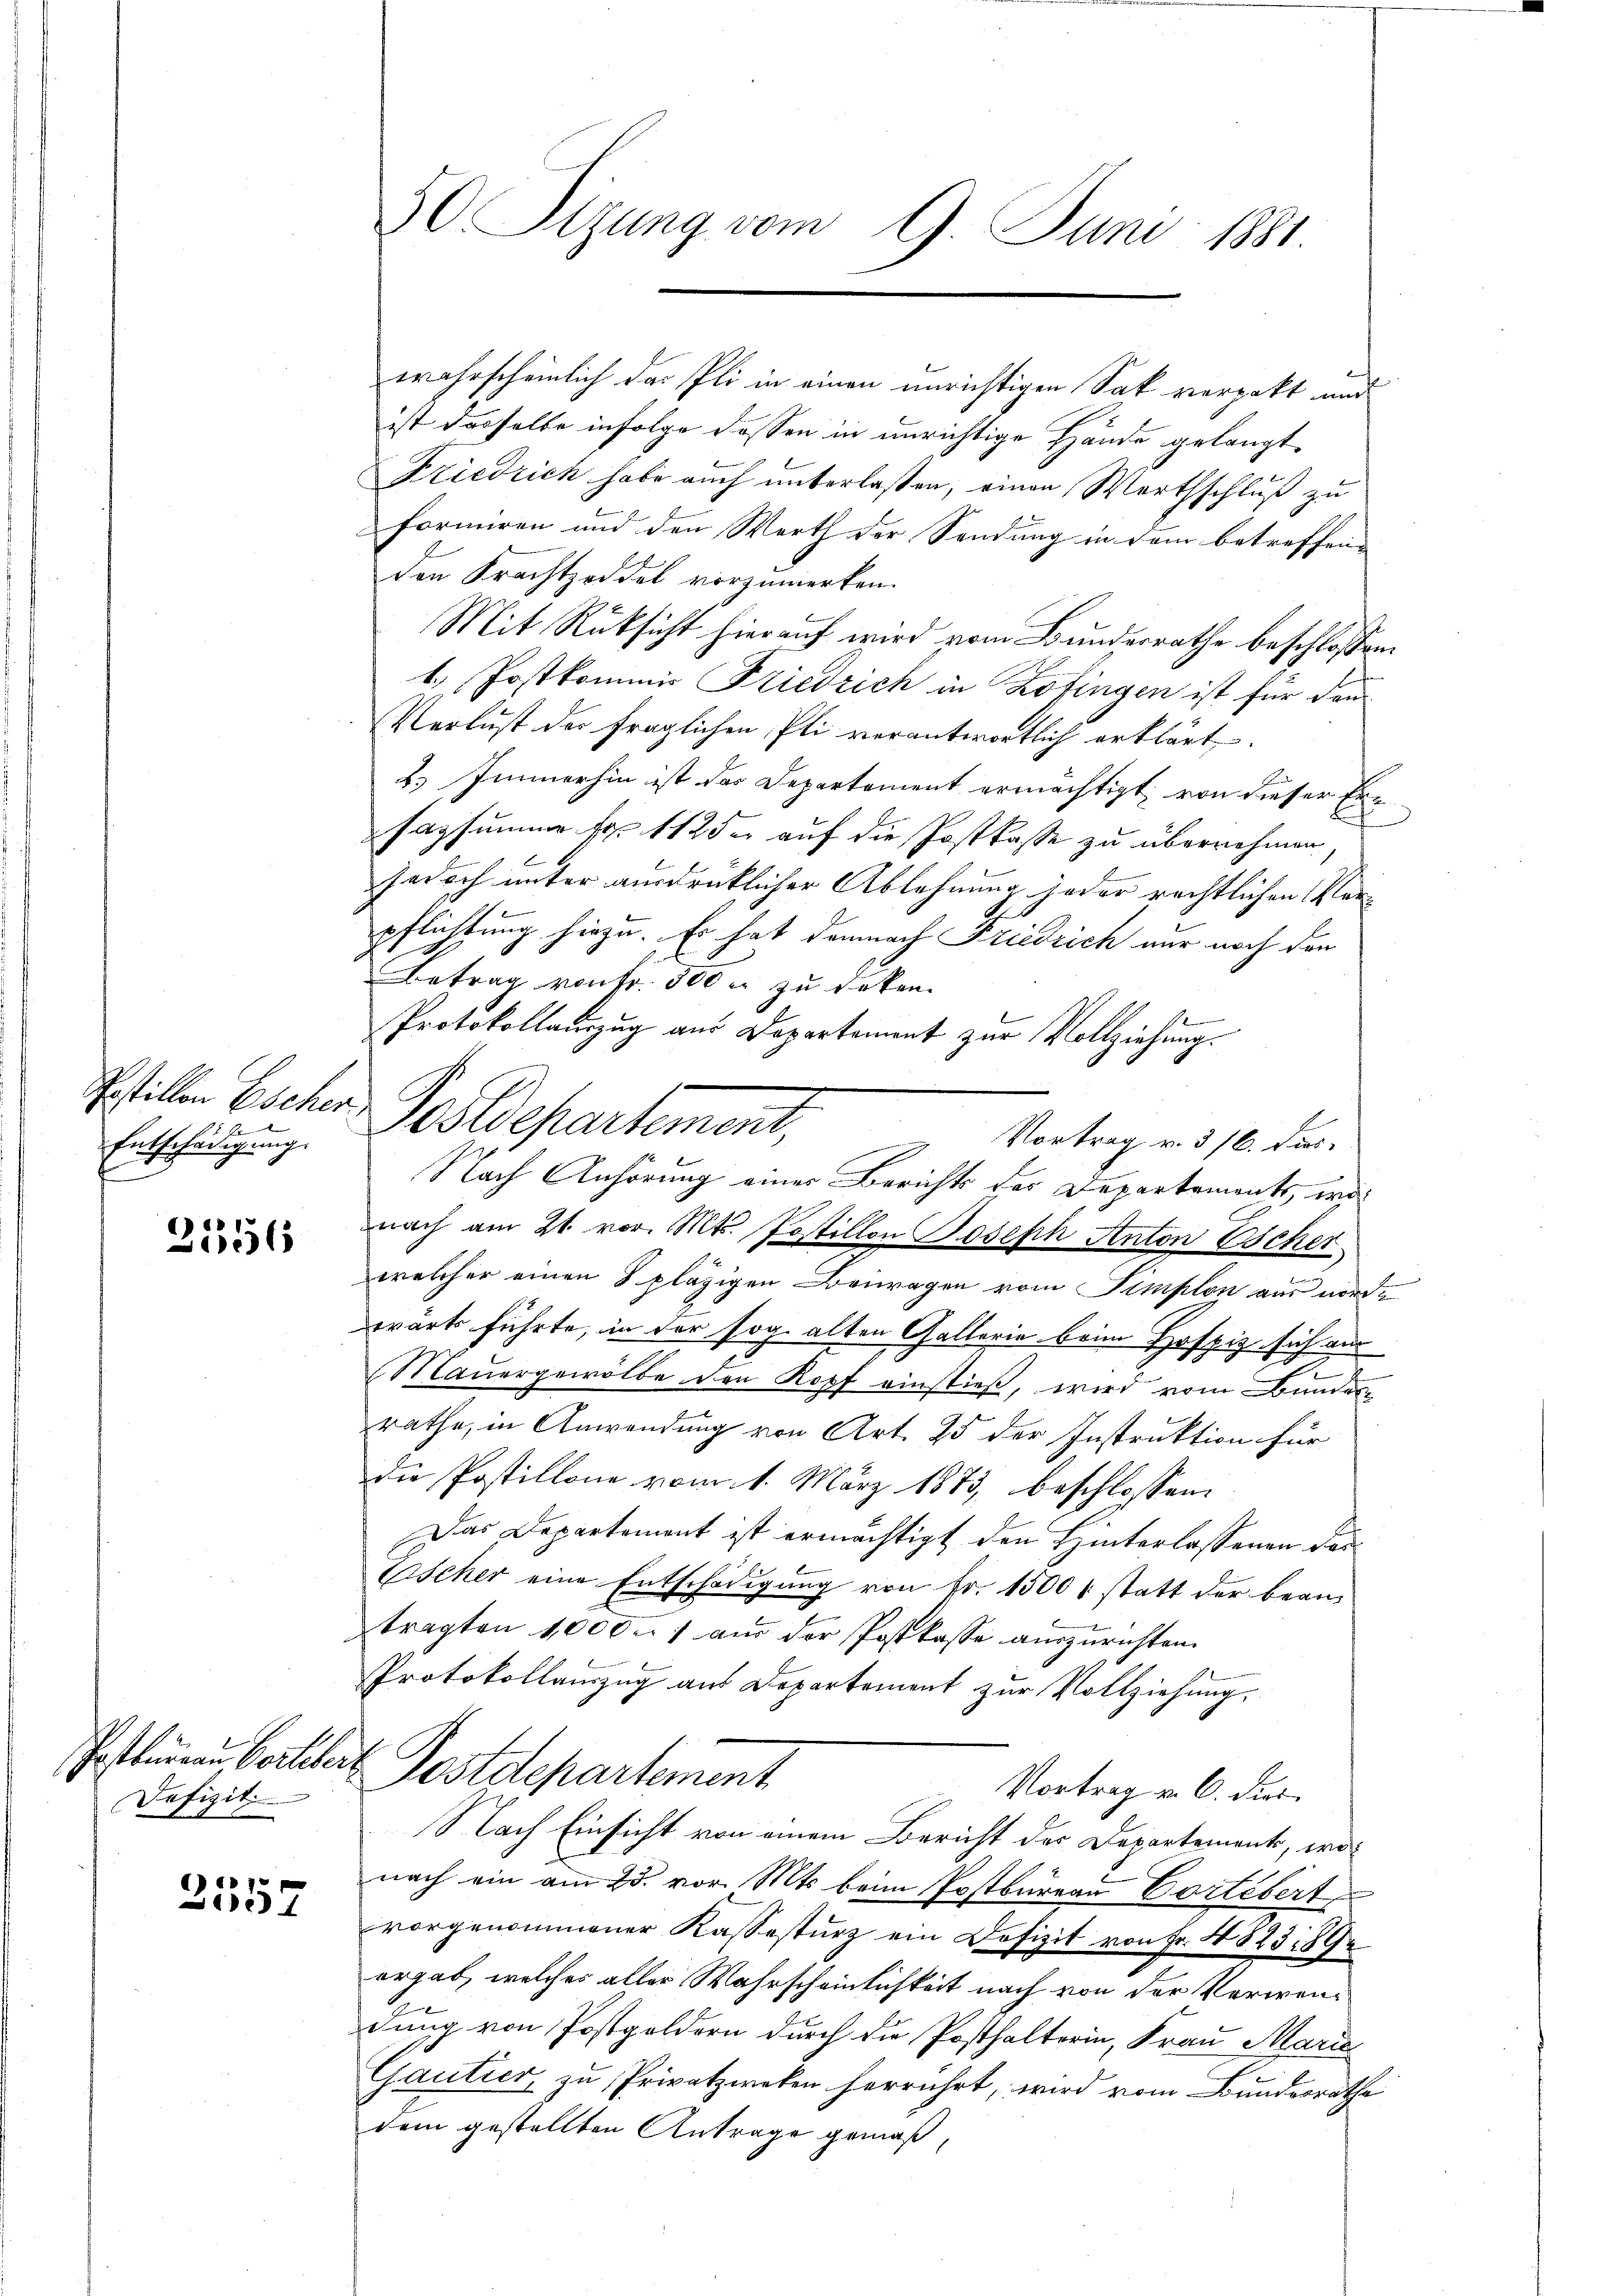
Restillen Escher.

Entschädigung.

2556

Dofizit

2357

50 Tizung vom 9. Juni 1881

wahrscheinlich das Pli in einen unrichtigen Sak verpakt und
ist dasselbe infolge dassen in unrichtige Hände gelangt,
Friedrich habe auch unterlaßen, einen Werthschluß zu
formiren und den Werth der Sendung in dem betreffen-
den Krachtzoddel vorzumerken.
Mit Rüksicht hierauf wird vom Bundesrathe beschlossen
1. Postkommis Friedrich in Zofingen ist für den
Verlust der fraglichen Pli verantwortlich erklärt.
2.) Immerhin ist das Departement ermächtigt, von dieser Ersazsumme fr. 1125 auf die Postkasse zu übernehmen
jedoch unter ausdrücklicher Ablehnung jeder rechtlichen Verpflichtung hiezu. Er hat demnach Friedrich nur noch den
Betrag von Fr. 300 f zu decken.
Protokollanzug aus Departement zur Vollziehung.
Nach Anhörung einer Berichts der Departements, was
nach am 21. vor. Mts. Postillon Joseph Anton Escher
welcher einen 8 pläzigen Beuragen vom Simplon aus nordwarts führte, in der sog. alten Gallerie beim Hofpiz sich aus
2
Mauergewölbe den Kopf einstieß, wird vom Bundern
räthe, in Anwendung von Art. 25 der Instruktion für
die Postillone vom 1. März 1873, beschlossen:
Das Departement ist ermächtigt den Hinterlassenen der
Escher eine Entschädigung von Fr. 1500 r. statt der bean-
tragten 1000. aus der Postkasse auszurichten.
Protokollauszug aus Departement zur Vollziehung.
Posterren Bertobert Postdepartement
Vortrag v. 6. dies
Nach Einsicht von einem Bericht des Departements, wonach ein am 25. vor. Mts. beim Postbureau Cortebert
vorgenommener Kassesturz ein Dofizit von Fr. 4823 189
ergab, welches aller Wahrscheinlichkeit nach von der Verwendung von Postgeldern durch die Posthalterin, Frau Marie
Gautier zu Privatzweken herrührt, wird vom Bundesrathe
dem gestellten Antrage gemäß,

Postdepartement,
 Vortrag v. 316. dies